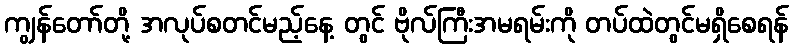
ကျွန်တော်တို့ အလုပ်စတင်မည့်နေ့ တွင် ဗိုလ်ကြီးအမရမ်းကို တပ်ထဲတွင်မရှိစေရန်